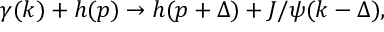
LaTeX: \gamma ( k ) + h ( p ) \to h ( p + \Delta ) + J / \psi ( k - \Delta ) ,